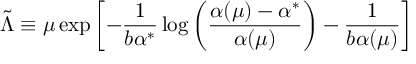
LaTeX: \tilde { \Lambda } \equiv \mu \exp \left[ - \frac { 1 } { b \alpha ^ { * } } \log \left( \frac { \alpha ( \mu ) - \alpha ^ { * } } { \alpha ( \mu ) } \right) - \frac { 1 } { b \alpha ( \mu ) } \right]